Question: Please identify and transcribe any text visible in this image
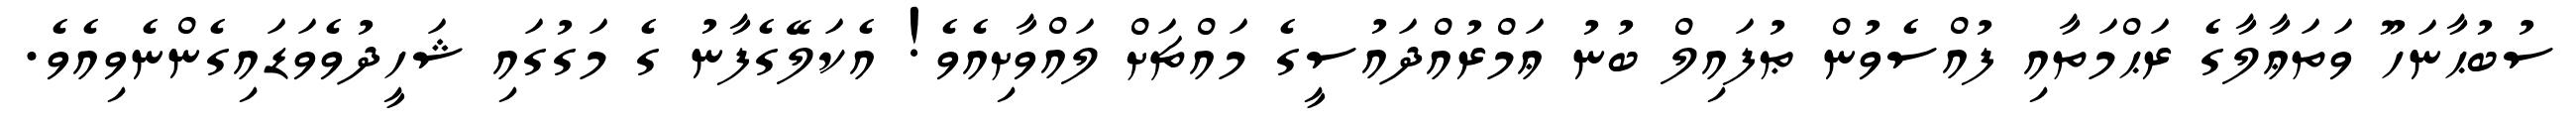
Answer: ސުބުޙާނަހޫ ވަތަޢާލާގެ ރަޙްމަތާއި ފުއްސެވުން ޠުފައިލް ބުނު ޢަމްރުއްދައުސީގެ މައްޗަށް ލައްވާށިއެވެ! އެކަލޭގެފާނު ގެ މަގުގައި ޝަހީދުވެވަޑައިގެންނެވިއެވެ.